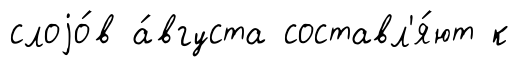
слоjо́в а́вгуста составл'я́ют к